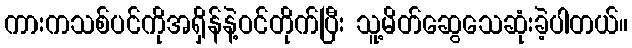
ကားကသစ်ပင်ကိုအရှိန်နဲ့ဝင်တိုက်ပြီး သူ့မိတ်ဆွေသေဆုံးခဲ့ပါတယ်။